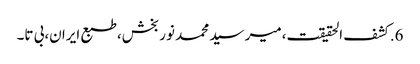
6.	کشف الحقیقت،میر سید محمد نوربخش،طبع ایران،بی تا۔